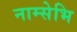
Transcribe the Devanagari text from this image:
नाम्सेभि